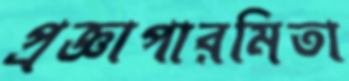
প্রজ্ঞাপারমিতা